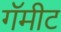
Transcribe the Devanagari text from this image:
गॅमीट